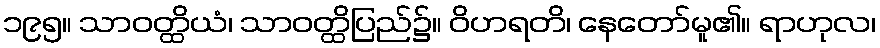
၁၉၅။ သာဝတ္ထိယံ၊ သာဝတ္ထိပြည်၌။ ဝိဟရတိ၊ နေတော်မူ၏။ ရာဟုလ၊